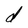
Character: d